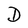
Character: D